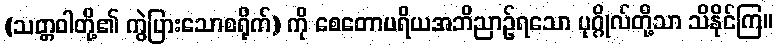
(သတ္တဝါတို့၏ ကွဲပြားသောစရိုက်) ကို စေတောပရိယအဘိညာဉ်ရသော ပုဂ္ဂိုလ်တို့သာ သိနိုင်ကြ။